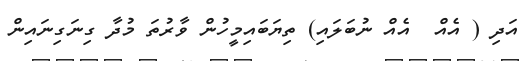
އަދި ( އެއް  އެއް ނުބަލައި) ތިޔަބައިމީހުން ވާރުތަ މުދާ ގިނަގިނައިން